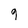
Character: g